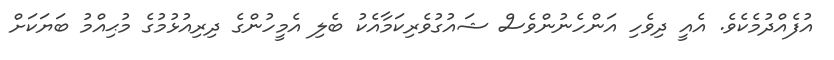
އުފެއްދުމެކެވެ. އެއީ ދިވެހި އަންހެނުންވެސް ޝައުގުވެރިކަމާއެކު ބެލި އެމީހުންގެ ދިރިއުޅުމުގެ މުޙިއްމު ބަޔަކަށް